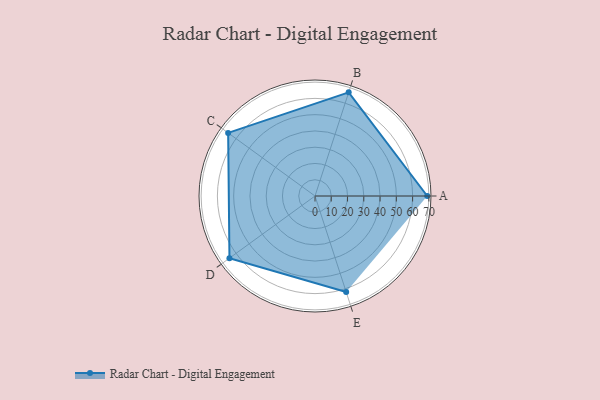
{"axis": {"x": "Skill", "y": "Score"}, "legend": ["Profile"], "data": [{"x": "A", "y": 69.0, "type": "Profile"}, {"x": "B", "y": 67.0, "type": "Profile"}, {"x": "C", "y": 66.0, "type": "Profile"}, {"x": "D", "y": 65.0, "type": "Profile"}, {"x": "E", "y": 62.0, "type": "Profile"}]}